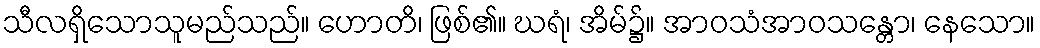
သီလရှိသောသူမည်သည်။ ဟောတိ၊ ဖြစ်၏။ ဃရံ၊ အိမ်၌။ အာဝသံအာဝသန္တော၊ နေသော။